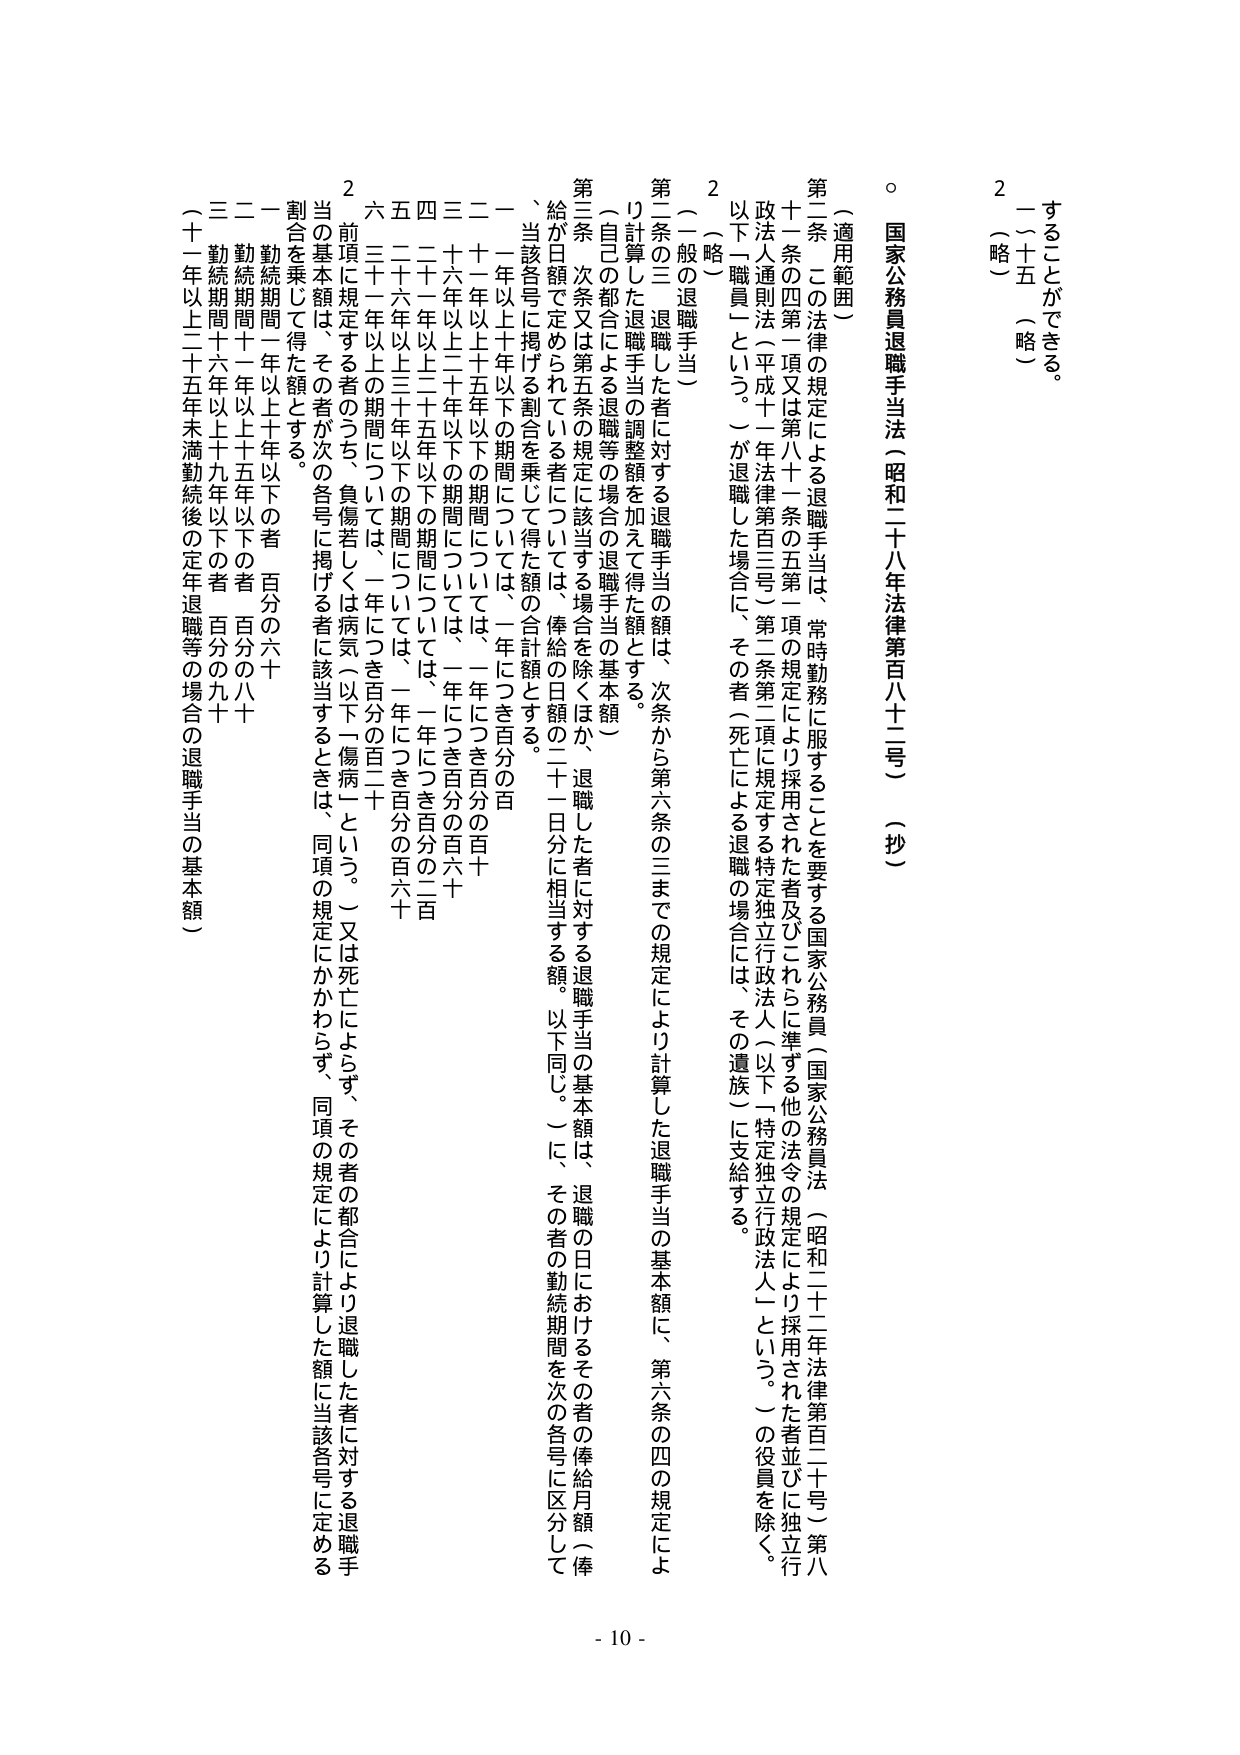
することができる。
一～十五（略）
2（略）

○ 国家公務員退職手当法（昭和二十八年法律第百八十二号）（抄）

（適用範囲）
第二条 この法律の規定による退職手当は、常時勤務に服することを要する国家公務員（国家公務員法（昭和二十二年法律第百二十号）第八十一条の四第一項又は第八十一条の五第一項の規定により採用される者及びこれらに準ずる他の法令の規定により採用された者並びに独立行政法人通則法（平成十一年法律第百三号）第二条第二項に規定された特定独立行政法人（以下「特定独立行政法人」という。）の役員を除く。以下「職員」という。）が退職した場合に、その者（死亡による退職の場合には、その遺族）に支給する。

2（略）

（一般の退職手当）
第二条の三 退職した者に対する退職手当の額は、次条から第六条の三までの規定により計算した退職手当の基本額に、第六条の四の規定により自己の都合による退職等の場合の退職手当の基本額（自己の都合による退職等の場合の退職手当の基本額）

第三条 次条又は第五条の規定に該当する場合を除くほか、退職した者に対する退職手当の基本額は、退職の日におけるその者の俸給月額（俸給が日額で定められている者については、俸給の日額の二十一日分に相当する額。以下同じ。）に、その者の勤続期間を次の各号に区分して、当該各号に掲げる割合を乗じて得た額の合計額とする。

一 一年以上十年以下の期間については、一年につき百分の百
二 十一年以上十五年以下の期間については、一年につき百分の百十
三 十六年以上二十年以下の期間については、一年につき百分の百二十
四 二十一年以上二十五年以下の期間については、一年につき百分の百六十
五 二十六年以上三十年以下の期間については、一年につき百分の百八十
六 三十一年以上の期間については、一年につき百分の百二十

2 前項に規定する者のうち、負傷若しくは病気（以下「傷病」という。）又は死亡によらず、その者の都合により退職した者に対する退職手当の基本額は、その者が次の各号に掲げる者に該当するときは、同項の規定にかかわらず、同項の規定により計算した額に当該各号に定める割合を乗じて得た額とする。

一 勤続期間一年以上十年以下の者 百分の六十
二 勤続期間十一年以上十五年以下の者 百分の八十
三 勤続期間十六年以上十九年以下の者 百分の九十
（十一年以上二十五年未満勤続後の定年退職等の場合の退職手当の基本額）

- 10 -